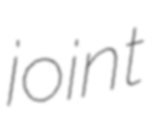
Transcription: joint